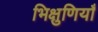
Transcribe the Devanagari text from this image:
भिक्षुणियाँ